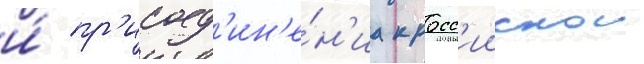
и́ пр'исоед'ин'е́н'иа к росс'иискои